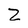
Character: Z